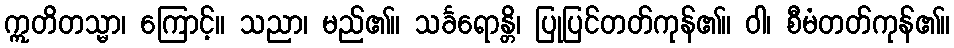
ဣတိတသ္မာ၊ ကြောင့်။ သညာ၊ မည်၏။ သင်္ခရောန္တိ၊ ပြုပြင်တတ်ကုန်၏။ ဝါ၊ စီမံတတ်ကုန်၏။